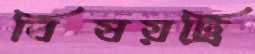
বিষয়ট্রি